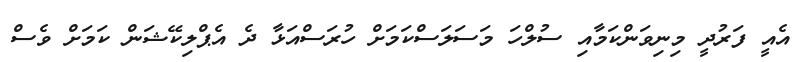
އެއީ ފަރުދީ މިނިވަންކަމާއި ސުލްހަ މަސަލަސްކަމަށް ހުރަސްއަޅާ ދެ އެޕްލިކޭޝަން ކަމަށް ވެސް